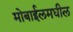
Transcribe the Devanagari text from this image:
मोबाईलमधील